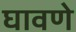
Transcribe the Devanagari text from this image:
घावणे